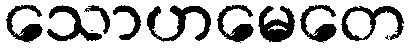
သောဟမေတေ